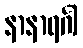
နာနာရင်္ဂါ